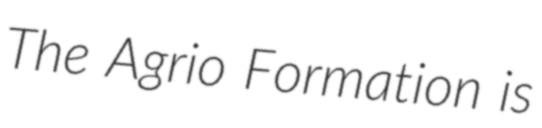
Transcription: The Agrio Formation is